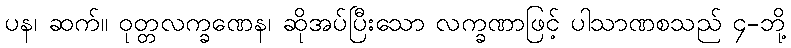
ပန၊ ဆက်။ ဝုတ္တလက္ခဏေန၊ ဆိုအပ်ပြီးသော လက္ခဏာဖြင့် ပါသာဏစသည် ၄-ဘို့